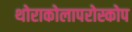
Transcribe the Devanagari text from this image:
थोराकोलापरोस्कोप